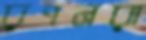
রণনরা